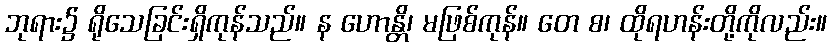
ဘုရား၌ ရိုသေခြင်းရှိကုန်သည်။ န ဟောန္တိ၊ မဖြစ်ကုန်။ တေ စ၊ ထိုရဟန်းတို့ကိုလည်း။